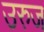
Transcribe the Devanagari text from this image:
उरुज